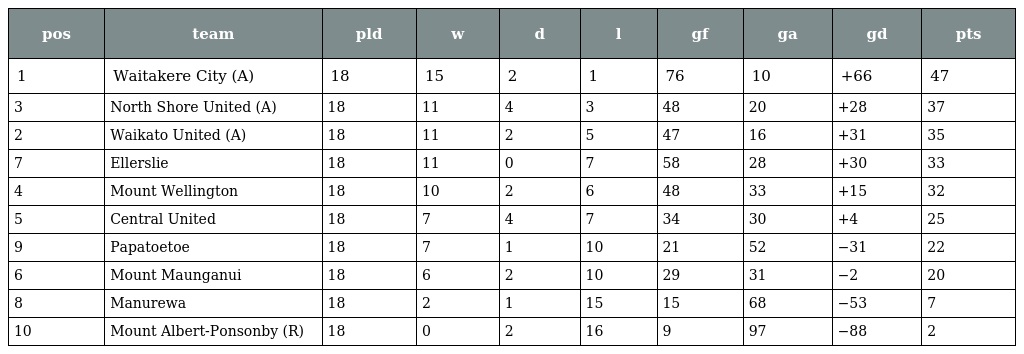
| pos | team | pld | w | d | l | gf | ga | gd | pts |
 | --- | --- | --- | --- | --- | --- | --- | --- | --- | --- |
 | 1 | Waitakere City (A) | 18 | 15 | 2 | 1 | 76 | 10 | +66 | 47 |
 | 3 | North Shore United (A) | 18 | 11 | 4 | 3 | 48 | 20 | +28 | 37 |
 | 2 | Waikato United (A) | 18 | 11 | 2 | 5 | 47 | 16 | +31 | 35 |
 | 7 | Ellerslie | 18 | 11 | 0 | 7 | 58 | 28 | +30 | 33 |
 | 4 | Mount Wellington | 18 | 10 | 2 | 6 | 48 | 33 | +15 | 32 |
 | 5 | Central United | 18 | 7 | 4 | 7 | 34 | 30 | +4 | 25 |
 | 9 | Papatoetoe | 18 | 7 | 1 | 10 | 21 | 52 | −31 | 22 |
 | 6 | Mount Maunganui | 18 | 6 | 2 | 10 | 29 | 31 | −2 | 20 |
 | 8 | Manurewa | 18 | 2 | 1 | 15 | 15 | 68 | −53 | 7 |
 | 10 | Mount Albert-Ponsonby (R) | 18 | 0 | 2 | 16 | 9 | 97 | −88 | 2 |